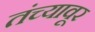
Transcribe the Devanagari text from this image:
तंच्यावूर